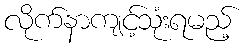
လိုက်နာကျင့်သုံးရမည့်